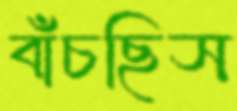
বাঁচছিস